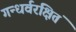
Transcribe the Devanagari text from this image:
गन्धर्वरक्षितं